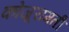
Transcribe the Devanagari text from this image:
कोजूरामती